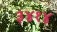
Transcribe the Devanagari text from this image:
३४१४